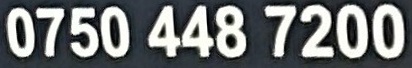
0750 448 7200